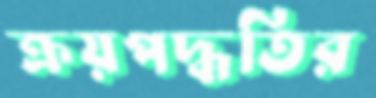
ক্রয়পদ্ধতির